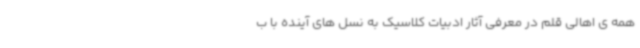
همه ی اهالی قلم در معرفی آثار ادبیات کلاسیک به نسل های آینده با ب